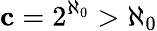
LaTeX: \mathbf{c}=2^{\aleph_{0}}>{\aleph_{0}}